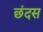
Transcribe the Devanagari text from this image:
छंदस